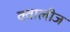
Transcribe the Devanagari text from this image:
क्वालीज